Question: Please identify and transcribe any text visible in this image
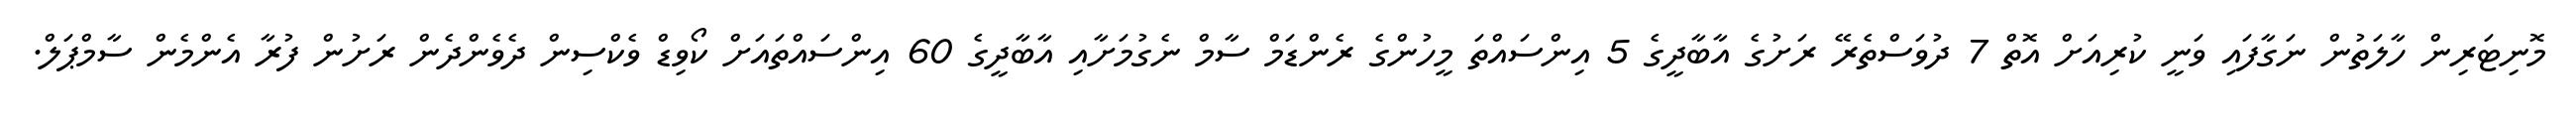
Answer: މޮނިޓަރިން ހާލަތުން ނަގާފައި ވަނީ ކުރިއަށް އޮތް 7 ދުވަސްތެރޭ ރަށުގެ އާބާދީގެ 5 އިންސައްތަ މީހުންގެ ރެންޑަމް ސާމް ނެގުމަށާއި އާބާދީގެ 60 އިންސައްތައަށް ކޯވިޑް ވެކްސިން ދެވެންދެން ރަށުން ފުރާ އެންމެން ސާމްޕަލް.